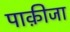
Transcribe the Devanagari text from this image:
पाक़ीजा